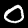
Digit: 0